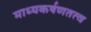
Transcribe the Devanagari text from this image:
माध्यकर्षणतत्व